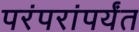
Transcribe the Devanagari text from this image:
परंपरांपर्यंत